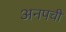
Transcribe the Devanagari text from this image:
अनपची